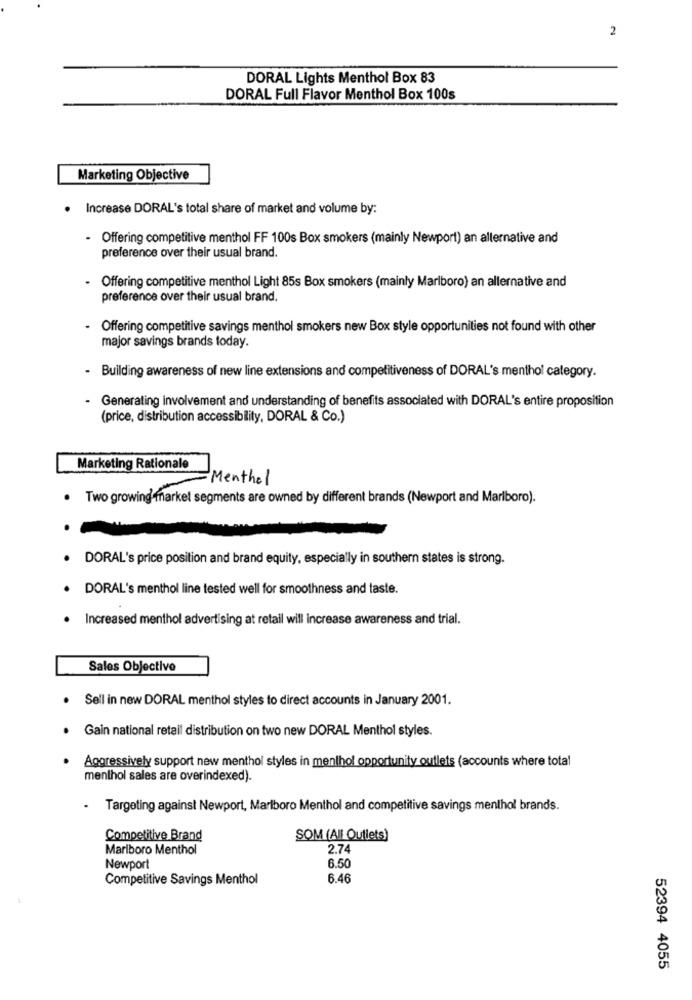
2
DORAL Lights Menthol Box 83
DORAL Full Flavor Menthol Box 100s
Marketing Objective
· Increase DORAL's total share of market and volume by:
- Offering competitive menthol FF 100s Box smokers (mainly Newport) an alternative and
preference over their usual brand.
. Offering competitive menthol Light 85s Box smokers (mainly Marlboro) an allernative and
preference over their usual brand.
Offering competitive savings menthol smokers new Box style opportunities not found with other
major savings brands today.
- Building awareness of new line extensions and competitiveness of DORAL's menthol category.
Generating involvement and understanding of benefits associated with DORAL's entire proposition
(price, distribution accessibility, DORAL & Co.)
Marketing Rationale
Menthol
Two growing'market segments are owned by different brands (Newport and Marlboro).
· DORAL's price position and brand equity, especially in southern states is strong.
DORAL's menthol line tested well for smoothness and taste.
· Increased menthol advertising at retail will increase awareness and trial.
Sales Objective
. Sell in new DORAL menthol styles to direct accounts in January 2001.
· Gain national retail distribution on two new DORAL Menthol styles.
Aggressively support new menthol styles in menthol opportunity outlets (accounts where total
menthol sales are overindexed).
.
Targeting against Newport, Marlboro Menthol and competitive savings menthol brands.
Competitive Brand
SOM (All Outlets)
Marlboro Menthol
2.74
Newport
6.50
Competitive Savings Menthol
6.46
52394 4055